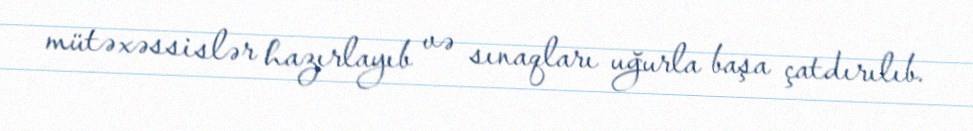
mütəxəssislər hazırlayıb və sınaqları uğurla başa çatdırılıb.